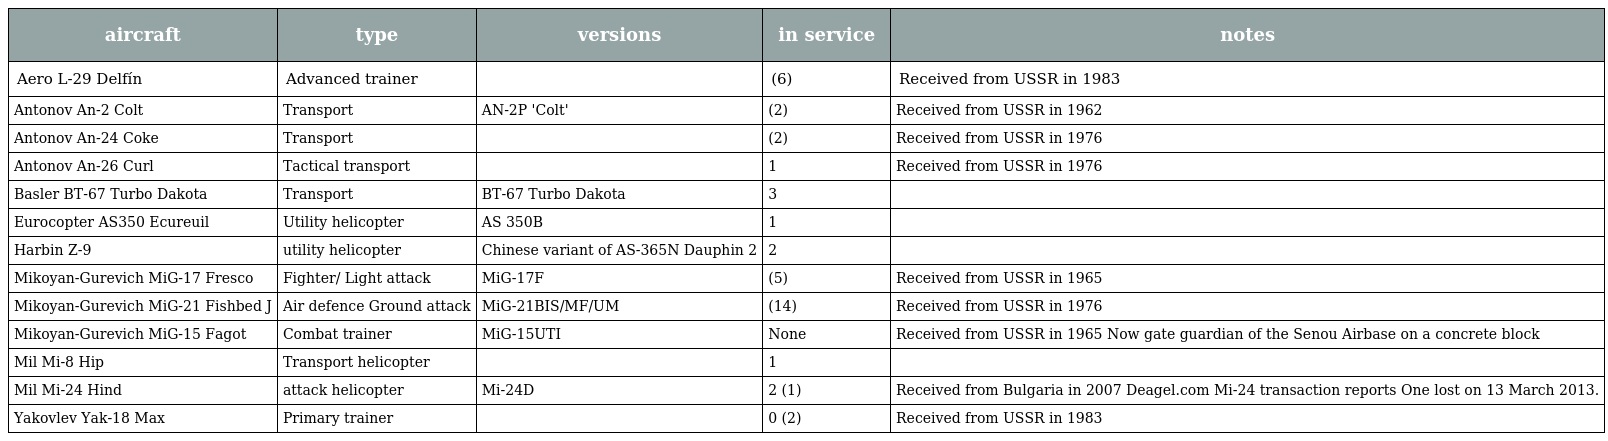
| aircraft | type | versions | in service | notes |
 | --- | --- | --- | --- | --- |
 | Aero L-29 Delfín | Advanced trainer |  | (6) | Received from USSR in 1983 |
 | Antonov An-2 Colt | Transport | AN-2P 'Colt' | (2) | Received from USSR in 1962 |
 | Antonov An-24 Coke | Transport |  | (2) | Received from USSR in 1976 |
 | Antonov An-26 Curl | Tactical transport |  | 1 | Received from USSR in 1976 |
 | Basler BT-67 Turbo Dakota | Transport | BT-67 Turbo Dakota | 3 |  |
 | Eurocopter AS350 Ecureuil | Utility helicopter | AS 350B | 1 |  |
 | Harbin Z-9 | utility helicopter | Chinese variant of AS-365N Dauphin 2 | 2 |  |
 | Mikoyan-Gurevich MiG-17 Fresco | Fighter/ Light attack | MiG-17F | (5) | Received from USSR in 1965 |
 | Mikoyan-Gurevich MiG-21 Fishbed J | Air defence Ground attack | MiG-21BIS/MF/UM | (14) | Received from USSR in 1976 |
 | Mikoyan-Gurevich MiG-15 Fagot | Combat trainer | MiG-15UTI | None | Received from USSR in 1965 Now gate guardian of the Senou Airbase on a concrete block |
 | Mil Mi-8 Hip | Transport helicopter |  | 1 |  |
 | Mil Mi-24 Hind | attack helicopter | Mi-24D | 2 (1) | Received from Bulgaria in 2007 Deagel.com Mi-24 transaction reports One lost on 13 March 2013. |
 | Yakovlev Yak-18 Max | Primary trainer |  | 0 (2) | Received from USSR in 1983 |